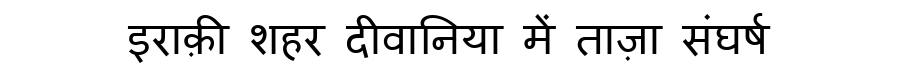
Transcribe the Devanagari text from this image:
इराक़ी शहर दीवानिया में ताज़ा संघर्ष